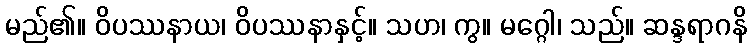
မည်၏။ ဝိပဿနာယ၊ ဝိပဿနာနှင့်။ သဟ၊ ကွ။ မဂ္ဂေါ၊ သည်။ ဆန္ဒရာဂနိ